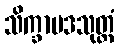
သိက္ခာပဒသုတ္တံ